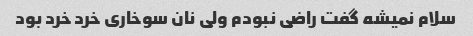
سلام نمیشه گفت راضی نبودم ولی نان سوخاری خرد خرد بود